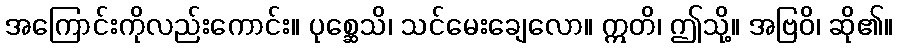
အကြောင်းကိုလည်းကောင်း။ ပုစ္ဆေသိ၊ သင်မေးချေလော။ ဣတိ၊ ဤသို့။ အဗြဝိ၊ ဆို၏။